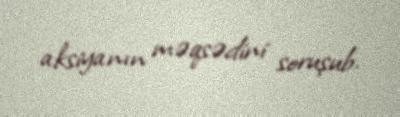
aksiyanın məqsədini soruşub.